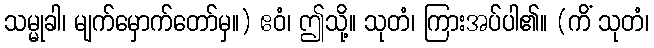
သမ္မုခါ၊ မျက်မှောက်တော်မှ။) ဧဝံ၊ ဤသို့။ သုတံ၊ ကြားအပ်ပါ၏။ (ကိံ သုတံ၊